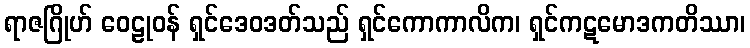
ရာဇဂြိုဟ် ဝေဠုဝန် ရှင်ဒေဝဒတ်သည် ရှင်ကောကာလိက၊ ရှင်ကဋမောဒကတိဿာ၊